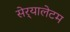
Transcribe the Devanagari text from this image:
सेर्‍यालेटम